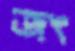
জং